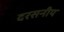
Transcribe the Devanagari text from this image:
दरसनीय